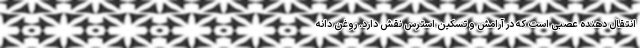
انتقال دهنده عصبی است که در آرامش و تسکین استرس نقش دارد. روغن دانه